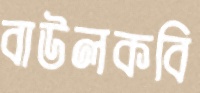
বাউলকবি